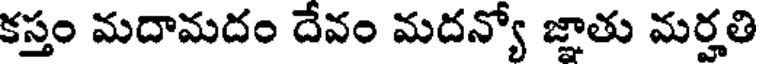
కస్తం మదామదం దేవం మదన్యో జ్ఞాతు మర్హతి